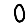
Digit: 0